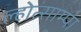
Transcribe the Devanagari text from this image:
ल्होत्साम्पा